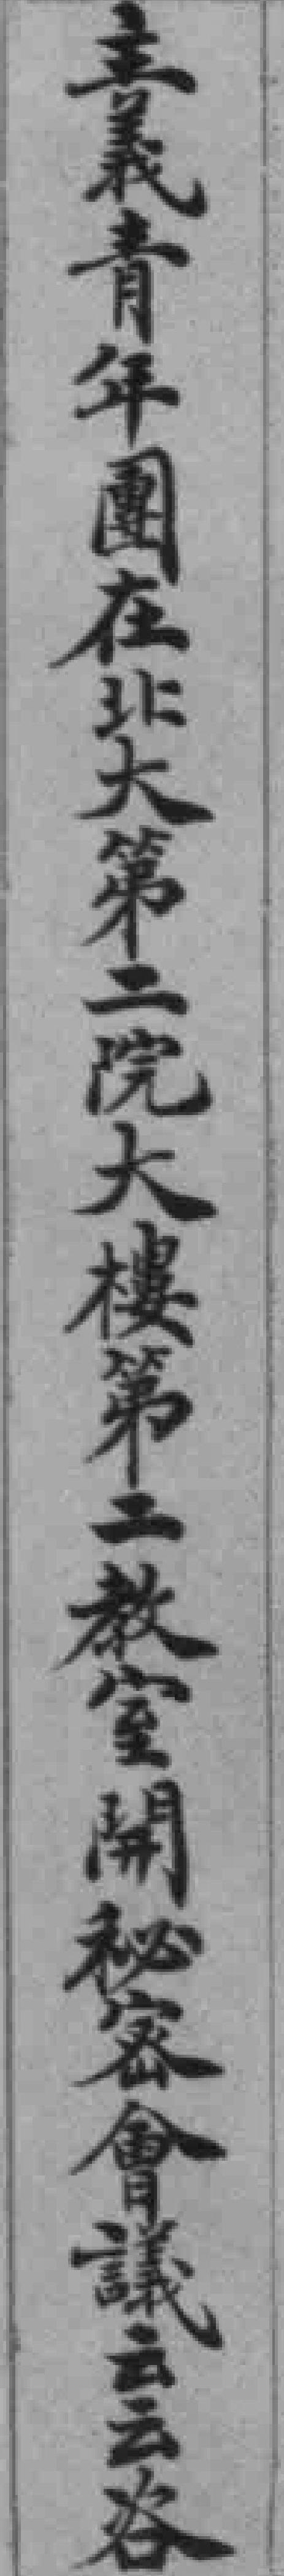
主義青年團在北大第二院大樓第二教室開秘密會議云云咨